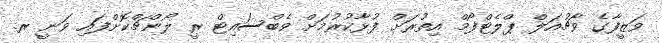
ވަޒީފާގެ ވާޗުއަލް ޕްލެޓްފޯމް އިތުރަށް ފުޅާކުރުމަށް ވެބްސައިޓް ރީ ލޯންޗްކޮށްފައި ވަނީ ރ.